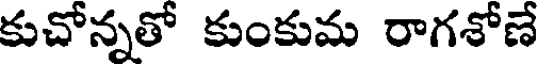
కుచోన్నతో కుంకుమ రాగశోణే